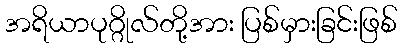
အရိယာပုဂ္ဂိုလ်တို့အား ပြစ်မှားခြင်းဖြစ်